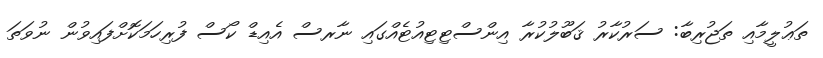
ތަޢުލީމާއި ތަޖުރިބާ: ސަރުކާރު ޤަބޫލުކުރާ އިންސްޓިޓިއުޓެއްގައި ނާރސް އެއިޑް ކޯސް ފުރިހަމަކޮށްފައިވުން ނުވަތަ